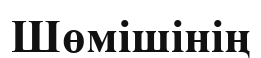
Шөмішінің